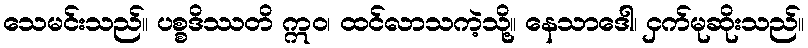
သေမင်းသည်။ ပစ္စဒိဿတိ ဣဝ၊ ထင်လာသကဲ့သို့။ နေသာဒေါ၊ ငှက်မုဆိုးသည်။